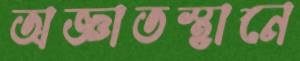
অজ্ঞাতস্থানে